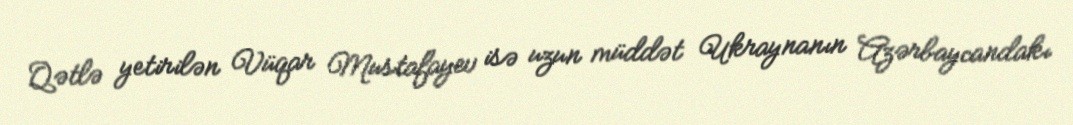
Qətlə yetirilən Vüqar Mustafayev isə uzun müddət Ukraynanın Azərbaycandakı